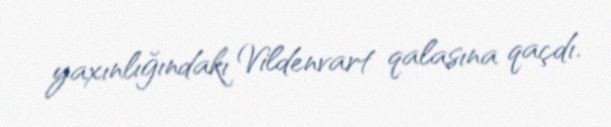
yaxınlığındakı Vildenvart qalasına qaçdı.